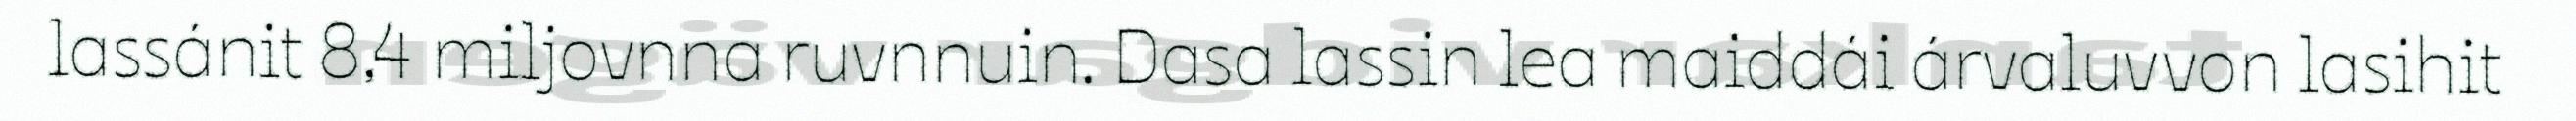
lassánit 8,4 miljovnna ruvnnuin. Dasa lassin lea maiddái árvaluvvon lasihit